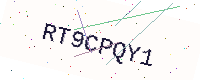
Text: RT9CPQY1